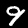
Label: 9